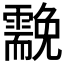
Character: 𩆊